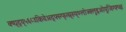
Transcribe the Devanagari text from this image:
क्ष्ग्र्द्य्५६८उकिवेअद्फ्स्ग्फ्त्स्र्रुय्७लोज्क्लुइओयुजिग्फ्च्क्ष